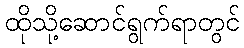
ထိုသို့ဆောင်ရွက်ရာတွင်